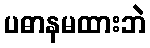
ပဓာနမထားဘဲ